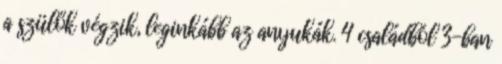
a szülők végzik, leginkább az anyukák. 4 családból 3-ban